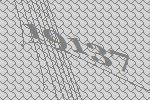
19137